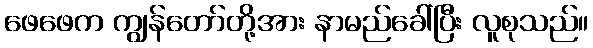
ဖေဖေက ကျွန်တော်တို့အား နာမည်ခေါ်ပြီး လူစုသည်။